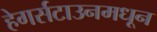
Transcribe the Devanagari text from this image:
हेगर्सटाउनमधून